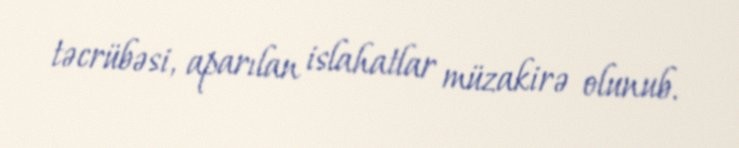
təcrübəsi, aparılan islahatlar müzakirə olunub.